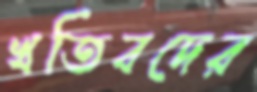
খতিবদের